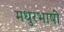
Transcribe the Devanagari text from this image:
मधुरभाषी